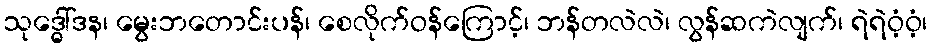
သုဒ္ဓေါ်ဒန၊ မွေးဘတောင်းပန်၊ စေလိုက်ဝန်ကြောင့်၊ ဘန်တလဲလဲ၊ လွန်ဆကဲလျက်၊ ရဲရဲဝံ့ဝံ့၊